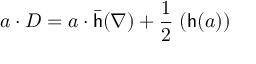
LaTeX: a \cdot D = a \cdot { \bar { \mathsf { h } } } ( \nabla ) + { \frac { 1 } { 2 } } { \mathsf { \Omega } } ( { \mathsf { h } } ( a ) )